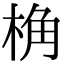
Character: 桷